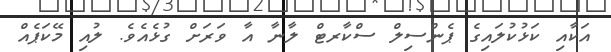
އަކާއި ކަޅުކުލައިގެ ޕެންސިލް ސްކާރޓް ލާނާ އާ ވަރަށް ގުޅެއެވެ. ލުއި މޭކަޕެއް